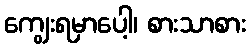
ကျွေးရမှာပေါ့၊ စားသာစား